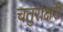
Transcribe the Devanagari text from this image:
चतुराक्षरी